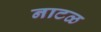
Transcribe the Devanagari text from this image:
नाटळ